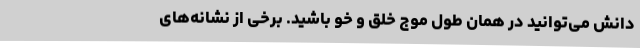
دانش می‌توانید در همان طول موج خلق و خو باشید. برخی از نشانه‌های